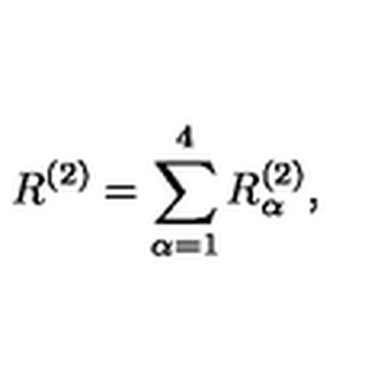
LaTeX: R ^ { ( 2 ) } = \sum _ { \alpha = 1 } ^ { 4 } R _ { \alpha } ^ { ( 2 ) } ,